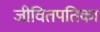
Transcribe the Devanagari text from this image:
जीवितपतिका